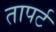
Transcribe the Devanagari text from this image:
तापर्ट